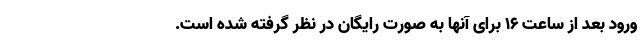
ورود بعد از ساعت ۱۶ برای آنها به صورت رایگان در نظر گرفته شده است.